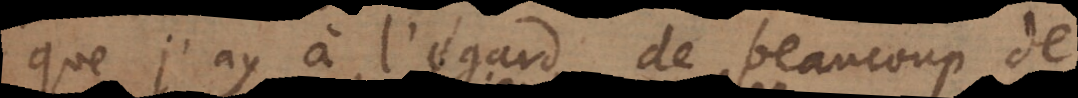
que j’ay à l’égard de beaucoup de